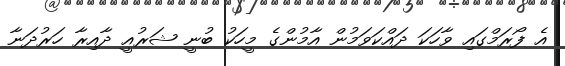
އެ ފޯރަމްގައި ވާހަކަ ދައްކަވަމުން އާމުންގެ މީހަކު ބުނީ ޝަރުއީ ދާއިރާ ހަރުދަނާ